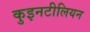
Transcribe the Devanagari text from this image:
कुइनटीलियन